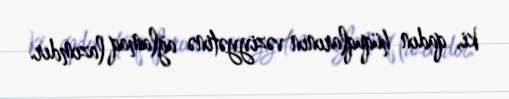
ki, qadın hüquqlarının vəziyyətinə ağlamaq lazımdır.